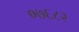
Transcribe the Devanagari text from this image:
०७६८२